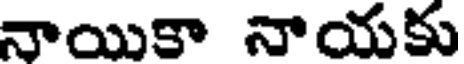
నాయికా నాయకు